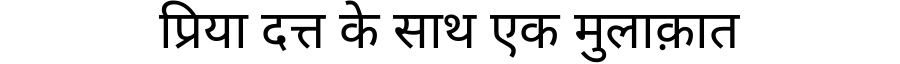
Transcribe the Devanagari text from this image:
प्रिया दत्त के साथ एक मुलाक़ात